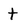
Character: t